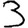
Digit: 3